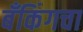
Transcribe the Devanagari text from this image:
बँकिंगचा